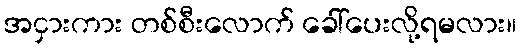
အငှားကား တစ်စီးလောက် ခေါ်ပေးလို့ရမလား။